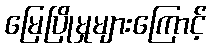
မြေပြိုမှုများကြောင့်